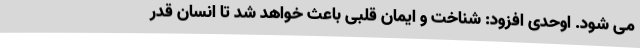
می شود. اوحدی افزود: شناخت و ایمان قلبی باعث خواهد شد تا انسان قدر